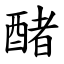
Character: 醏